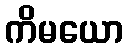
ကိမယော